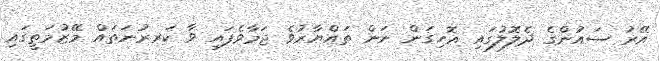
އޭރު ސައުންގެ ދެލޮލުގައި އޮހިގަން ނަން ތައްޔާރުވެ ޖަމާވެފައި ވާ ކަރރުނަތައް މޭޒުމަތީގައި